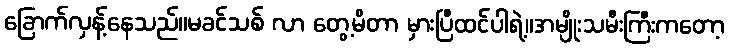
ခြောက်လှန့်နေသည်။မခင်သစ် လာ တွေ့မိတာ မှားပြီထင်ပါရဲ့။အမျိုးသမီးကြီးကတော့